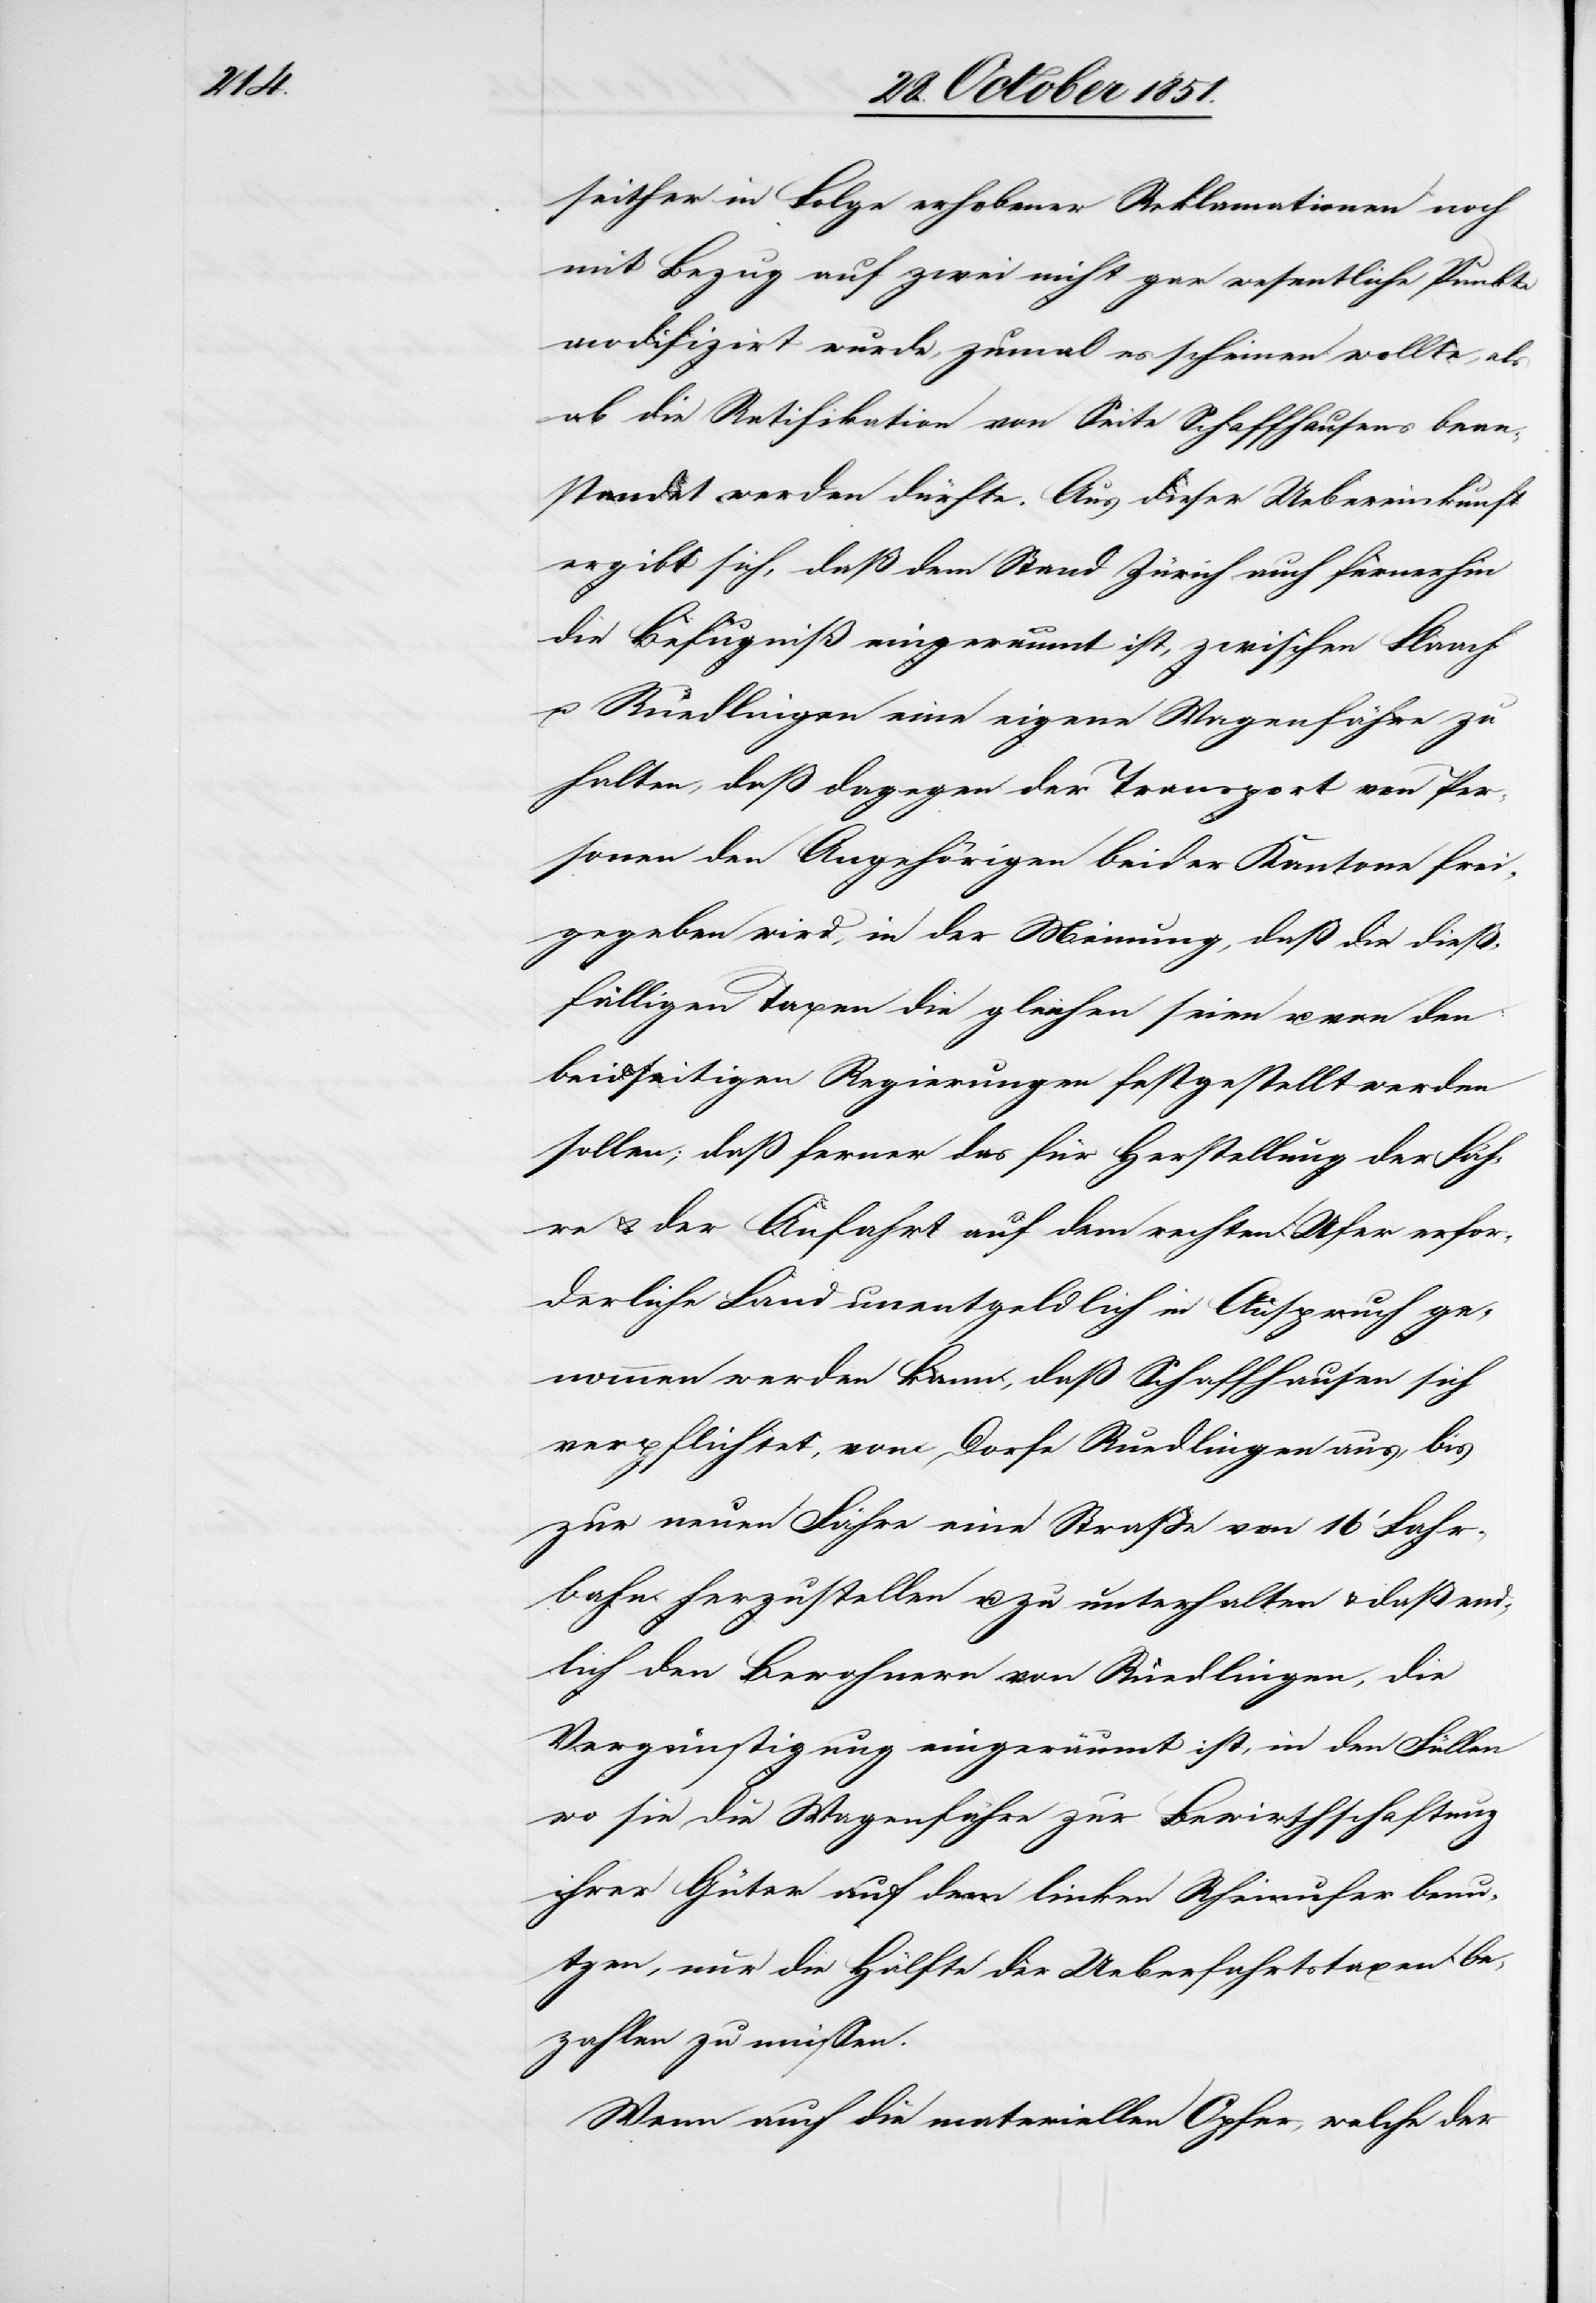
seither in Folge erhobener Reklamationen noch
mit Bezug auf zwei nicht gar wesentliche Punkte
modifizirt wurde, zumal es scheinen wollte, als
ob die Ratifikation von Seite Schaffhausens bean¬
standet werden dürfte. Aus dieser Uebereinkunft
ergibt sich, daß dem Stand Zürich auch fernerhin
die Befugniß eingeräumt ist, zwischen Flaach
u. Ruedlingen eine eigene Wagenfähre zu
halten, daß dagegen der Transport von Per¬
sonen den Angehörigen beider Kantone frei¬
gegeben wird, in der Meinung, daß die dieß¬
fälligen Taxen die gleichen seien u. von den
beidseitigen Regierungen festgestellt werden
sollen; daß ferner das für Herstellung der Fäh¬
re & der Anfahrt auf dem rechten Ufer erfor¬
derliche Land unentgeldlich in Anspruch ge¬
nommen werden kann, daß Schaffhausen sich
verpflichtet, vom Dorfe Ruedlingen aus, bis
zur neuen Fähre eine Straße von 16‘ Fahr¬
bahn herzustellen u. zu unterhalten & daß end¬
lich den Bewohnern von Ruedlingen, die
Vergünstigung eingeräumt ist, in den Fällen
wo sie die Wagenfähre zur Bewirthschaftung
ihrer Güter auf dem linken Rheinufer benu¬
tzen, nur die Hälfte der Ueberfahrtstaxen be¬
zahlen zu müssen.
Wenn auch die materiellen Opfer, welche der